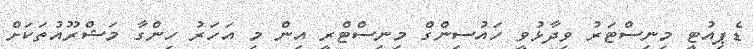
ޑެޕިިއުޓީ މިނިސްޓަރު ވިދާޅުވީ ހައުސިންގް މިނިސްޓްރީ އިން މި އަހަރު ހިންގާ މަޝްރޫއުތަކަށް